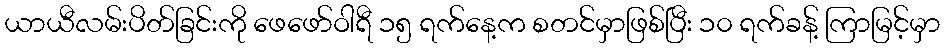
ယာယီလမ်းပိတ်ခြင်းကို ဖေဖော်ဝါရီ ၁၅ ရက်နေ့က စတင်မှာဖြစ်ပြီး ၁၀ ရက်ခန့် ကြာမြင့်မှာ